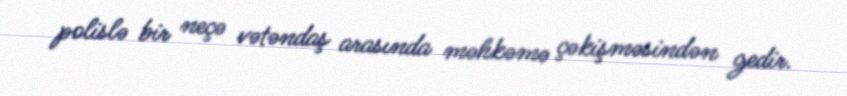
polislə bir neçə vətəndaş arasında məhkəmə çəkişməsindən gedir.